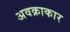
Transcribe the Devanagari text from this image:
अवक्राकार